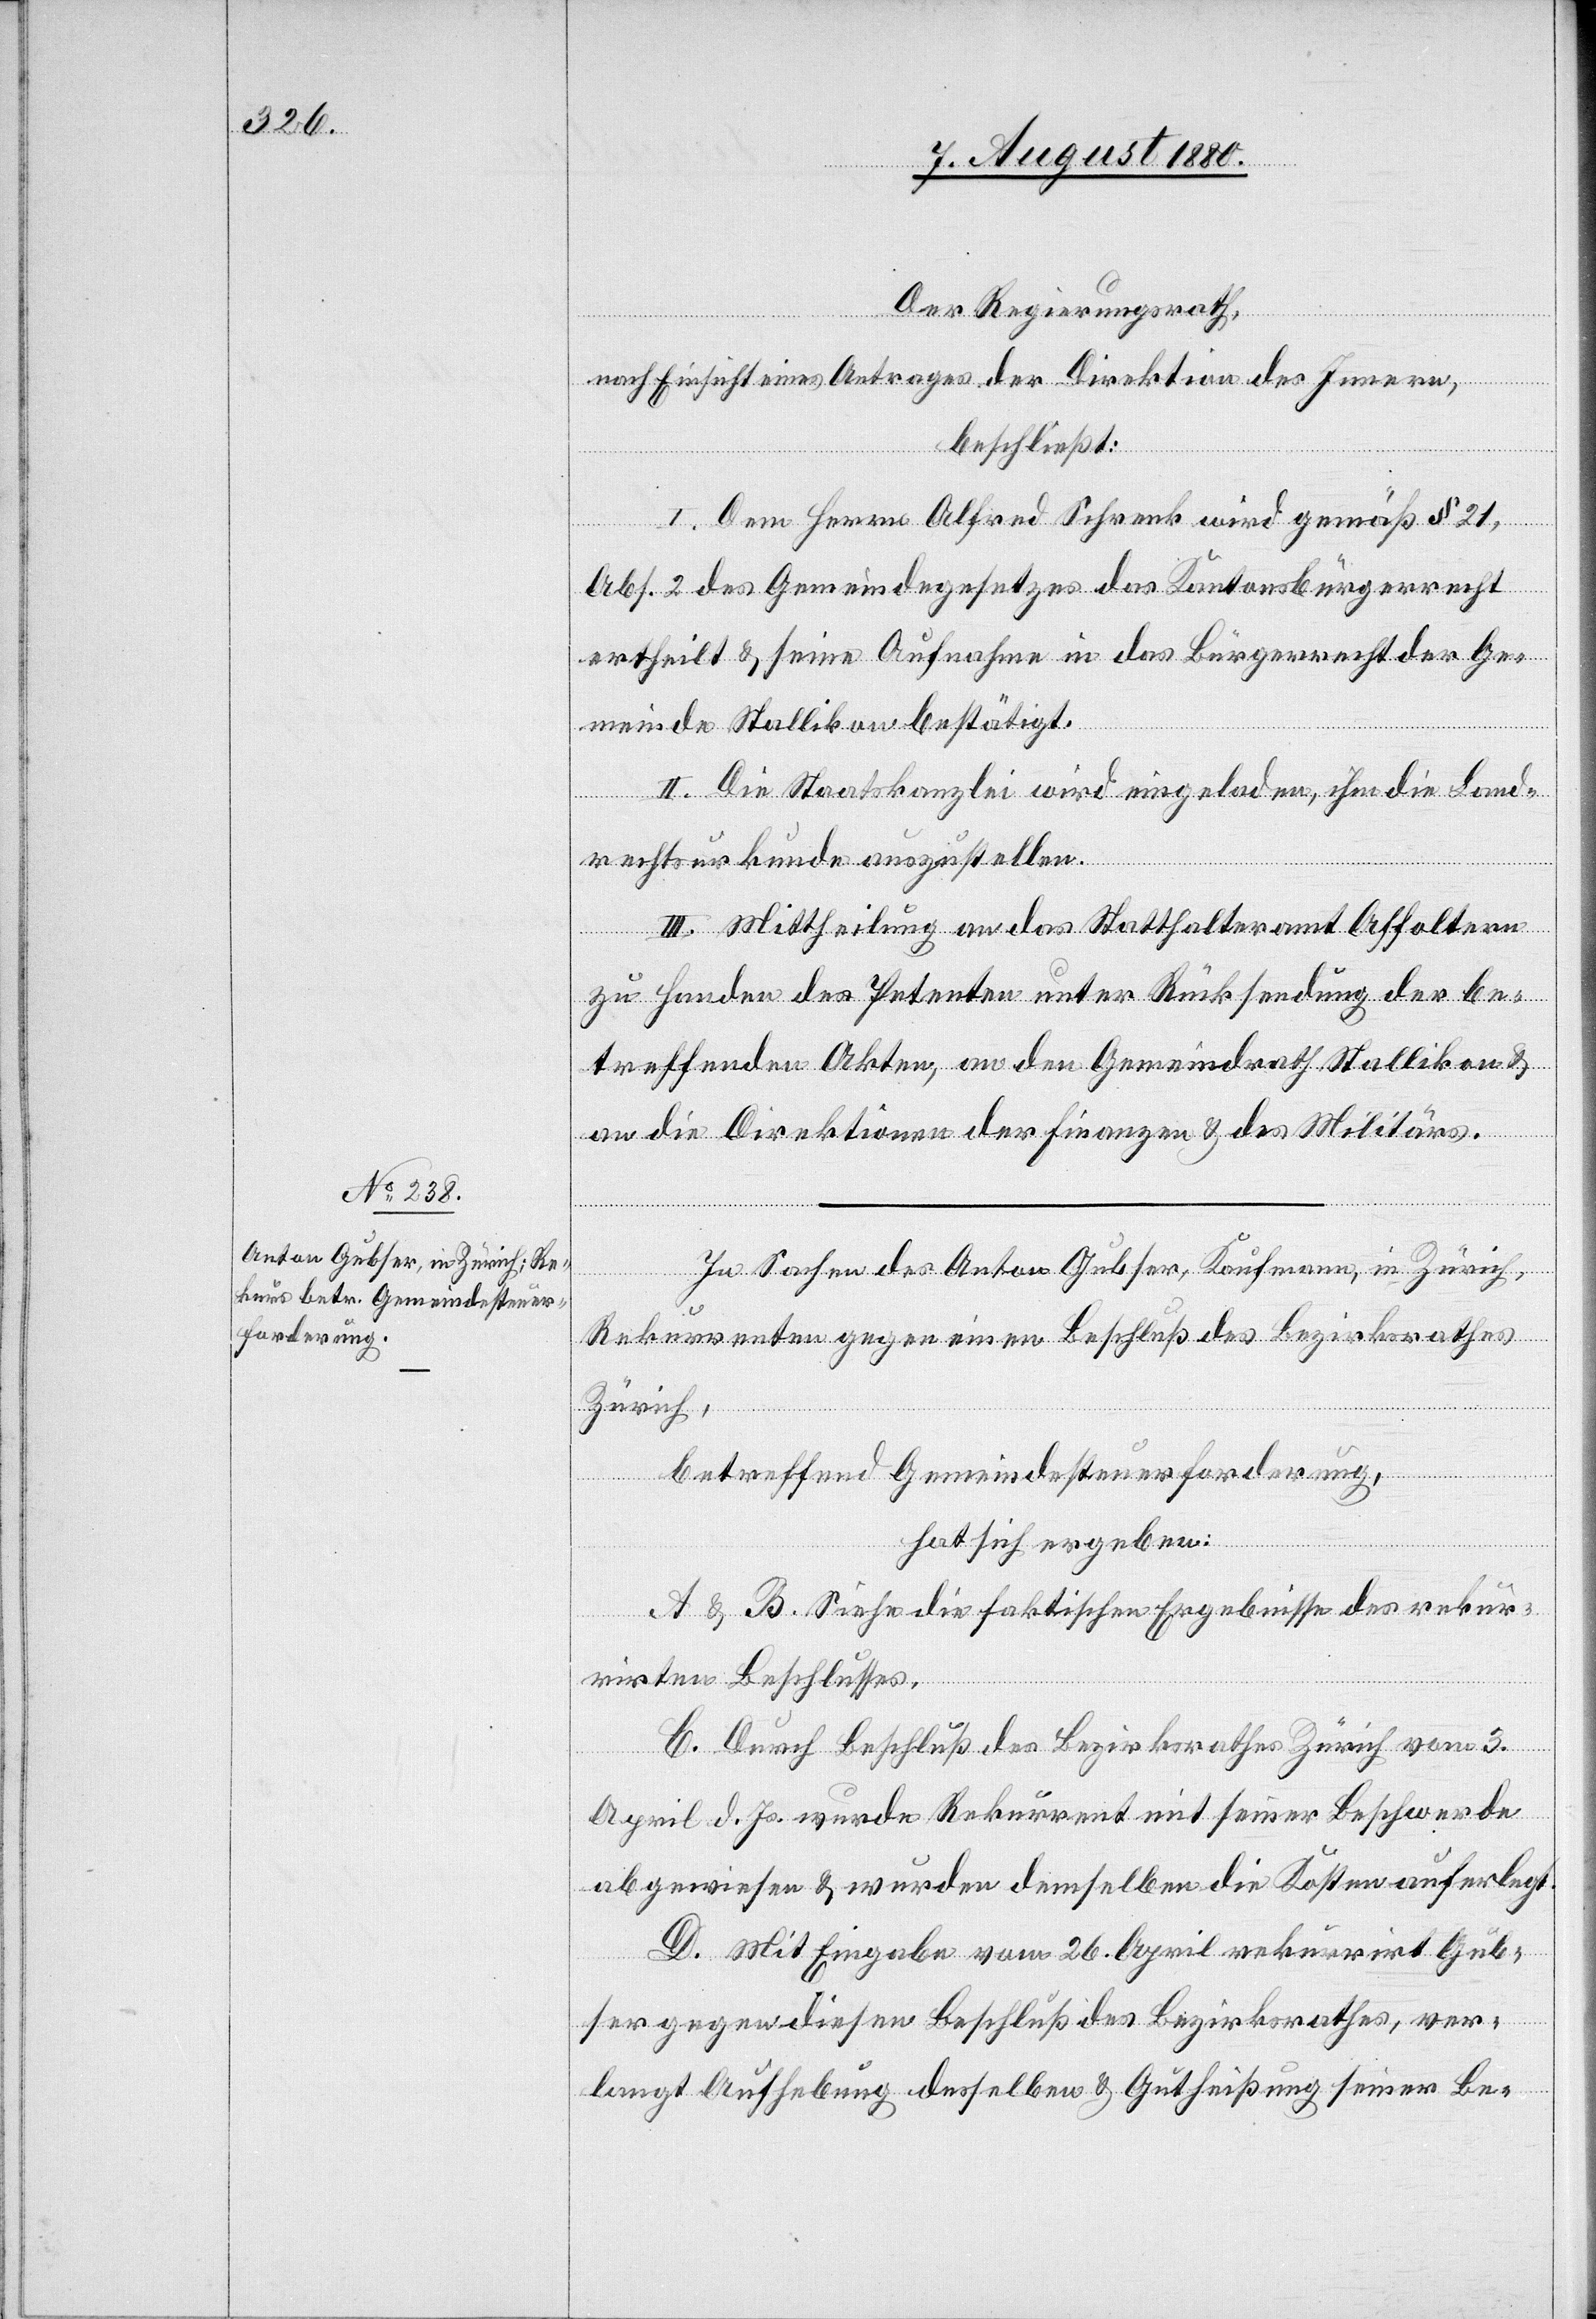
Der Regierungsrath,
nach Einsicht eines Antrages der Direktion des Innern,
beschließt:
I. Dem Herrn Alfred Schrenk wird gemäß § 21,
Abs. 2 des Gemeindegesetzes das Kantonsbürgerrecht
ertheilt & seine Aufnahme in das Bürgerrecht der Ge¬
meinde Stallikon bestätigt.
II. Die Staatskanzlei wird eingeladen, ihm die Land¬
rechtsurkunde auszustellen.
III. Mittheilung an das Statthalteramt Affoltern
zu Handen des Petenten unter Rücksendung der be¬
treffenden Akten, an den Gemeindrath Stallikon &
an die Direktionen der Finanzen & des Militärs.
In Sachen des Anton Gubser, Kaufmann, in Zürich,
Rekurrenten gegen einen Beschluß des Bezirksrathes
Zürich,
betreffend Gemeindesteuerforderung,
hat sich ergeben:
A & B. Siehe die faktischen Ergebnisse des rekur¬
rirten Beschlusses.
C. Durch Beschluß des Bezirksrathes Zürich vom 3.
April d. Js. wurde Rekurrent mit seiner Beschwerde
abgewiesen & wurden demselben die Kosten auferlegt.
D. Mit Eingabe vom 26. April rekurrirt Gub¬
ser gegen diesen Beschluß des Bezirksrathes, ver¬
langt Aufhebung desselben & Gutheißung seiner Be-